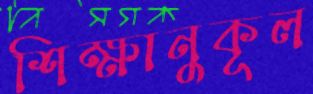
শিক্ষানুকূল